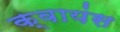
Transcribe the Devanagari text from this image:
क्वायंस